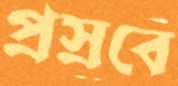
প্রস্রবে